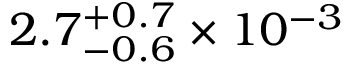
2 . 7 _ { - 0 . 6 } ^ { + 0 . 7 } \times 1 0 ^ { - 3 }